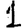
Digit: 1